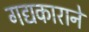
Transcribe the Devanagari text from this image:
गद्यकाराने